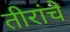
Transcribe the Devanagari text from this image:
तीरांचे